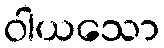
ဝါယသော